Annual report of the Punjab Veterinary College and of the Civil Veterinary Department, Punjab - 1920-1925
Year: 1920
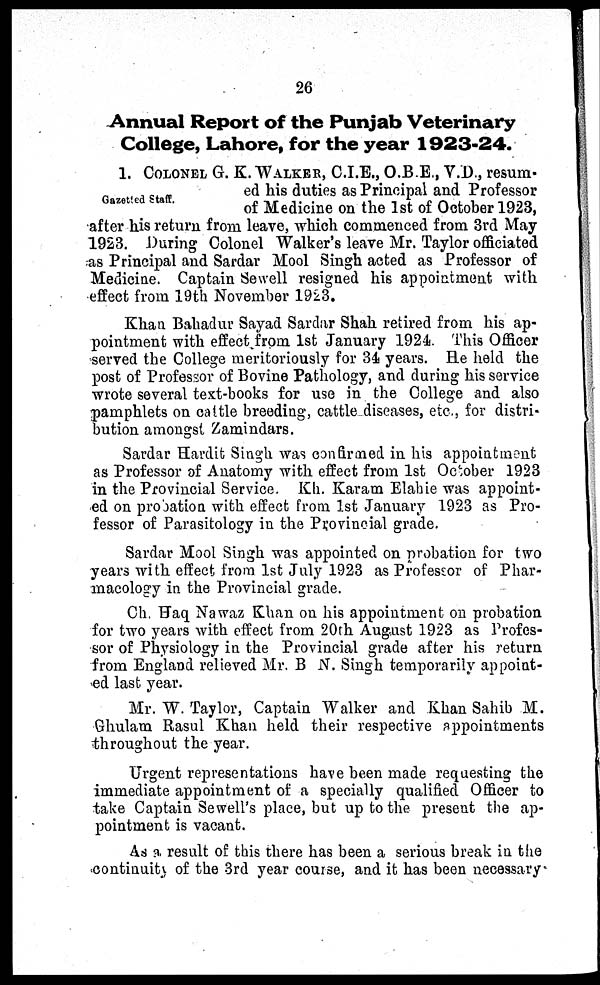
26
Annual Report of the Punjab Veterinary
College, Lahore, for the year 1923-24.
Gazetted Staff.
1. COLONEL G. K. WALKER, C.I.E., O.B.E., V.D., resum-
ed his duties as Principal and Professor
of Medicine on the 1st of October 1923,
after his return from leave, which commenced from 3rd May
1923. During Colonel Walker's leave Mr. Taylor officiated
as Principal and Sardar Mool Singh acted as Professor of
Medicine. Captain Sewell resigned his appointment with
effect from 19th November 1923.
Khan Bahadur Sayad Sardar Shah retired from his ap-
pointment with effect from 1st January 1924. This Officer
served the College meritoriously for 34 years. He held the
post of Professor of Bovine Pathology, and during his service
wrote several text-books for use in the College and also
pamphlets on cattle breeding, cattle diseases, etc., for distri-
bution amongst Zamindars.
Sardar Hardit Singh was confirmed in his appointment
as Professor of Anatomy with effect from 1st October 1923
in the Provincial Service. Kh. Karam Elabie was appoint-
ed on probation with effect from 1st January 1923 as Pro-
fessor of Parasitology in the Provincial grade.
Sardar Mool Singh was appointed on probation for two
years with effect from 1st July 1923 as Professor of Phar-
macology in the Provincial grade.
Ch. Haq Nawaz Khan on his appointment on probation
for two years with effect from 20th August 1923 as Profes-
sor of Physiology in the Provincial grade after his return
from England relieved Mr. B N. Singh temporarily appoint-
ed last year.
Mr. W. Taylor, Captain Walker and Khan Sahib M.
Ghulam Rasul Khan held their respective appointments
throughout the year.
Urgent representations have been made requesting the
immediate appointment of a specially qualified Officer to
take Captain Sewell's place, but up to the present the ap-
pointment is vacant.
As a result of this there has been a serious break in the
continuity of the 3rd year course, and it has been necessary